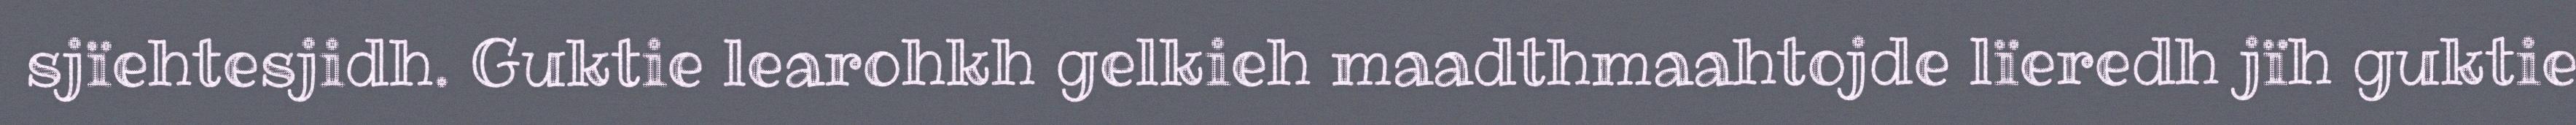
sjïehtesjidh. Guktie learohkh gelkieh maadthmaahtojde lïeredh jïh guktie